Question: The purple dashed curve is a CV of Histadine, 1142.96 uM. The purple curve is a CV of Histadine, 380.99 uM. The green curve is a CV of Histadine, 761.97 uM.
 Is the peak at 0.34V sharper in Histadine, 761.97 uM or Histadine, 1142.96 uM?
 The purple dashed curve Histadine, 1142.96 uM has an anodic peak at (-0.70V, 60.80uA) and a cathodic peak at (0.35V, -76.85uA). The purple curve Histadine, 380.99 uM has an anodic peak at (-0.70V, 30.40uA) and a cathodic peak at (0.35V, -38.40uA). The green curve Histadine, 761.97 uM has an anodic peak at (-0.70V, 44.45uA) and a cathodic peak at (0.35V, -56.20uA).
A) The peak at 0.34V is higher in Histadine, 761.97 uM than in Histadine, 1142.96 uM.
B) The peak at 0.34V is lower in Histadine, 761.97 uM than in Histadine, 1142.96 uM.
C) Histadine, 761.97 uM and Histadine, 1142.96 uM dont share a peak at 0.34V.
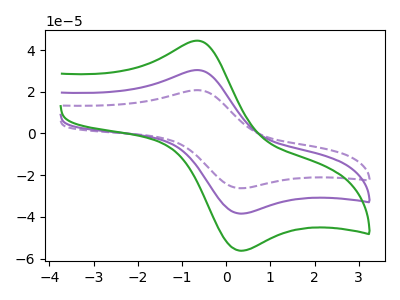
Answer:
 <answer>B) The peak at 0.34V is lower in "Histadine, 761.97 uM" than in "Histadine, 1142.96 uM".</answer>
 <eval>B</eval>